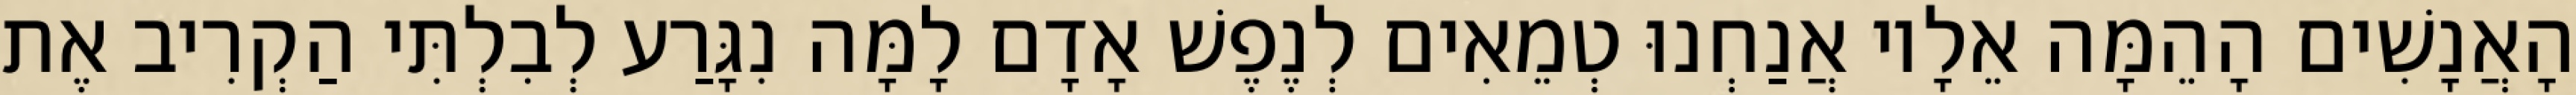
הָאֲנָשִׁים הָהֵמָּה אֵלָיו אֲנַחְנוּ טְמֵאִים לְנֶפֶשׁ אָדָם לָמָּה נִגָּרַע לְבִלְתִּי הַקְרִיב אֶת